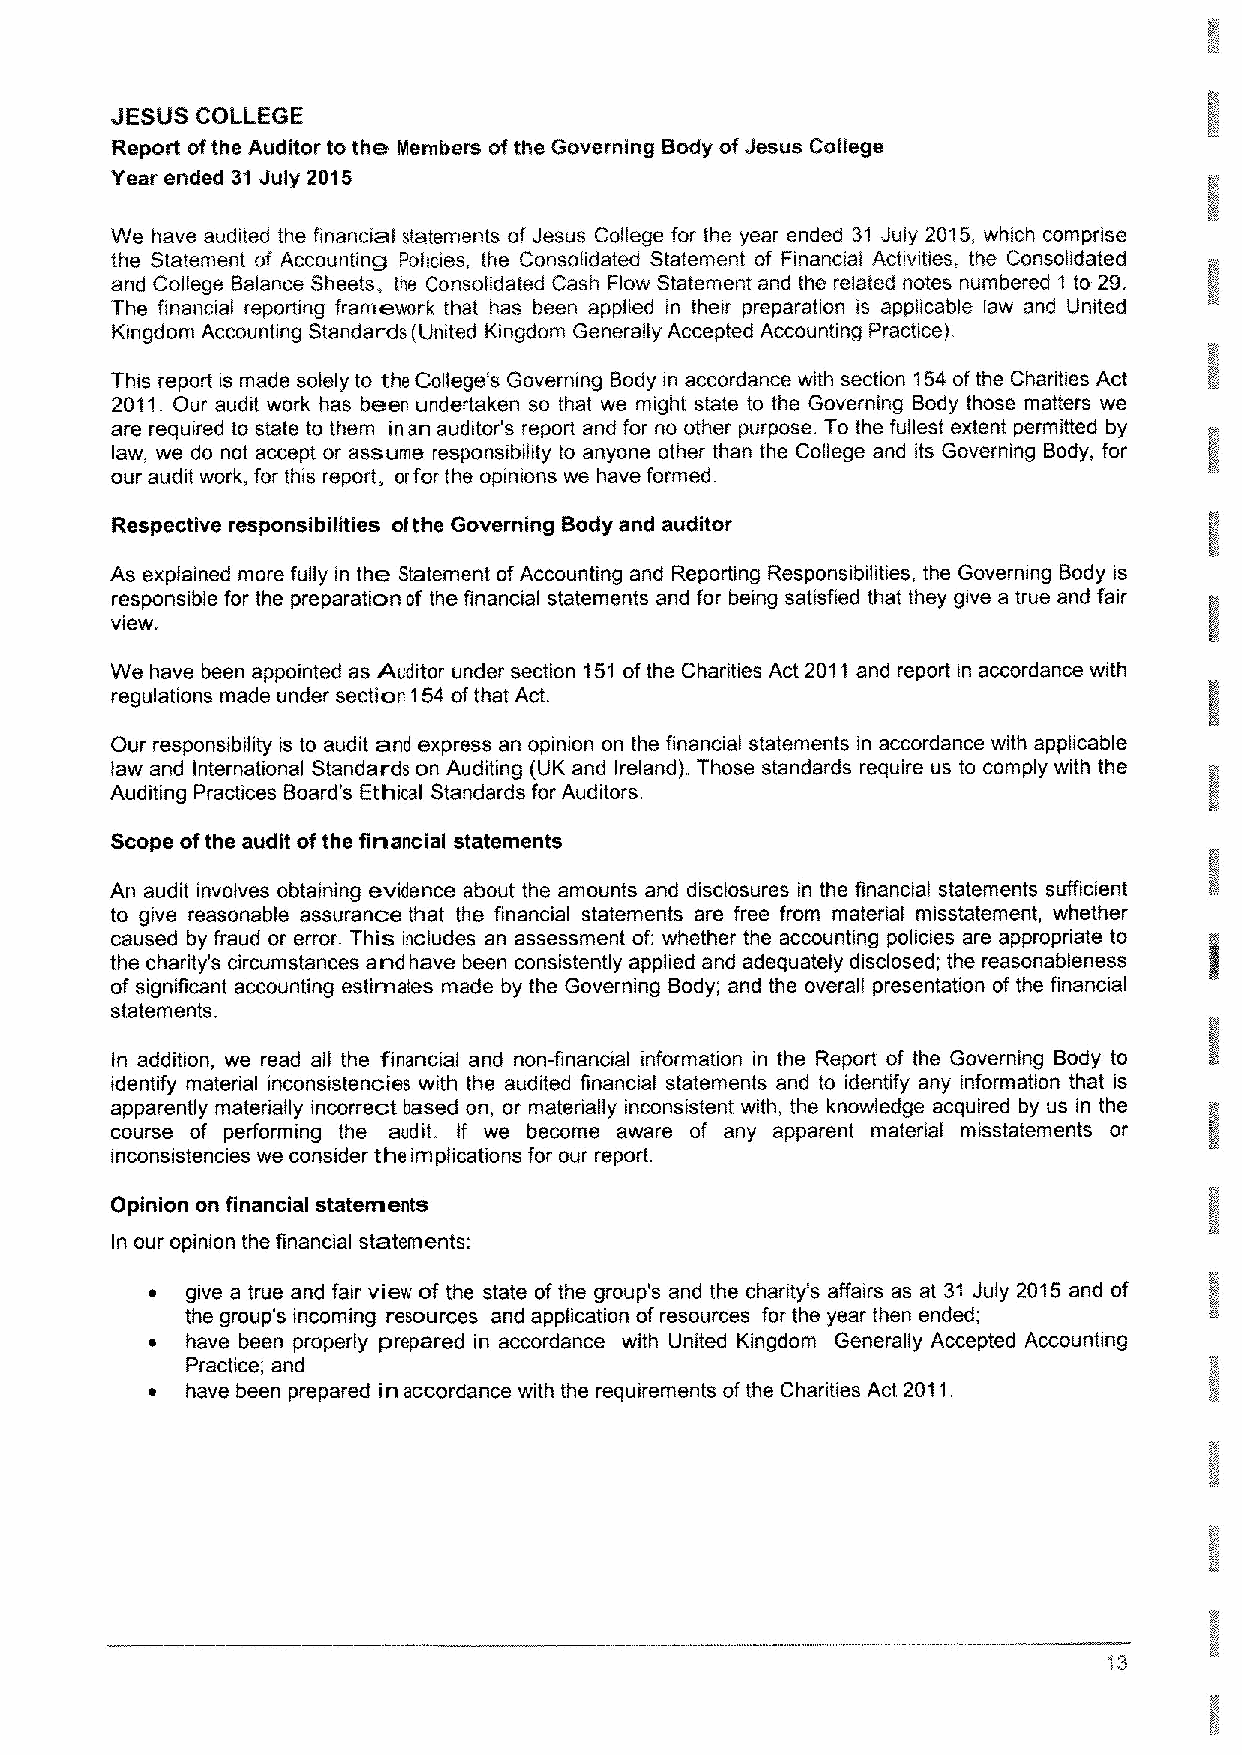
JESUS COLLEGE
 Report ofthe Auditor to the. INembers ofthe Governing Body ofJesus College
 Year ended 31July 2015
 We have audited the financial statements of Jesus College for the year ended 31 July 2015, which comprise
 the Statement of Accounting Policies, the Consobdated Statement of Financial Activities. the Consolidated
 and College Balance Sheets, the Consolidated Cash Flow Statement and the related notes numbered 1 to 29.
 The financial reporting framework that has been applied in their preparation is applicable law and United
 Kingdom Accounting Standards (United Kingdom Generally Accepted Accounting Practice).
 This report is made solely to the College's Governing Body in accordance with section 154ofthe Charities Act
 2011.Our audit work has be."en undertaken so that we might state to the Governing Body those matters we
 are required to state to them in an auditor's report and for no other purpose. To the fullest extent permitted by
 law, we do not accept or assume responsibility to anyone other than the College and its Governing Body, for
 our audit work, for this report, orfor the opinions we have formed.
 Respective responsibilities ofthe Governing Body and auditor
 As explained more fully in the: Statement ofAccounting and Reporting Responsibilities, the Governing Body is
 responsible for the preparation of the financial statements and for being satisfied that they give a true and fair
 view.
 We have been appointed as Auditor under section 151 ofthe Charities Act 2011 and report in accordance with
 regulations made under secticn154 ofthat Act.
 Our responsibility is to audit anil express an opinion on the financial statements in accordance with applicable
 law and International Standards on Auditing (UK and Ireland). Those standards require us to comply with the
 Auditing Practices Board's Ethical Standards for Auditors.
 Scope ofthe audit ofthe financial statements
 An audit involves obtaining evidence about the amounts and disclosures in the financial statements sufficient
 to give reasonable assurance that the financial statements are free from material misstatement, whether
 caused by fraud or error This includes an assessment of: whether the accounting policies are appropriate to
 the charity's circumstances and have been consistently applied and adequately disclosed; the reasonableness
 of significant accounting estimates made by the Governing Body; and the overall presentation of the financial
 statements.
 In addition, we read all the tinancial and non-financial information in the Report of the Governing Body to
 identify material inconsistencies with the audited financial statements and to identify any information that is
 apparently materially incorrect based on, or materially inconsistent with, the knowledge acquired by us in the
 course of performing the audit. If we become aware of any apparent material misstatements or
 inconsistencies we consider the implications for our report.
 Opinion on financial statements
 In our opinion the financial statements:
 ~ give a true and fair view of the state ofthe group's and the charity's affairs as at 31 July 2015 and of
 the group's incoming resources and application ofresources for the year then ended;
 ~ have been properly prepared in accordance with United Kingdom Generally Accepted Accounting
 Practice; and
 ~ have been prepared in accordance with the requirements ofthe Charities Act 2011.